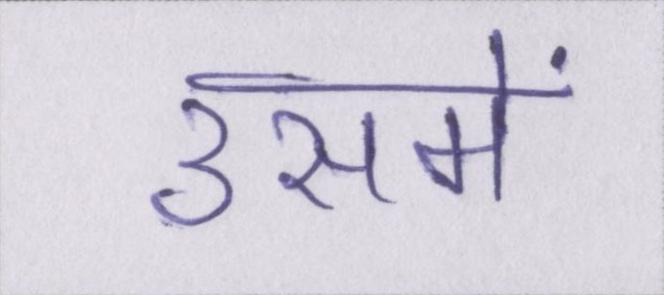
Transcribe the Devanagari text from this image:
उसमें